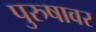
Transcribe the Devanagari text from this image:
पुरुषावर